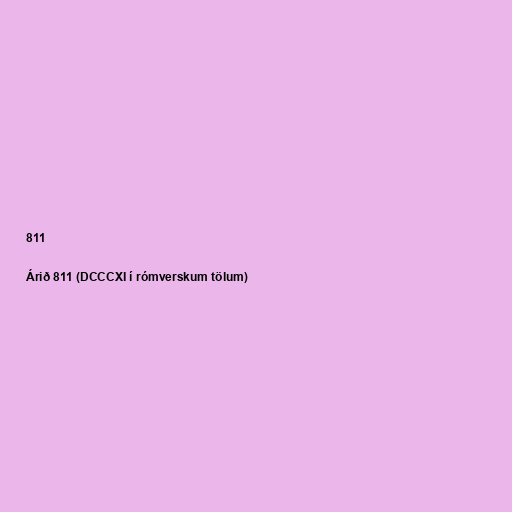
811

Árið 811 (DCCCXI í rómverskum tölum)